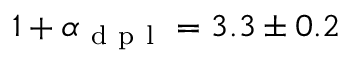
1 + \alpha _ { \mathrm { ~ d ~ p ~ l ~ } } = 3 . 3 \pm 0 . 2